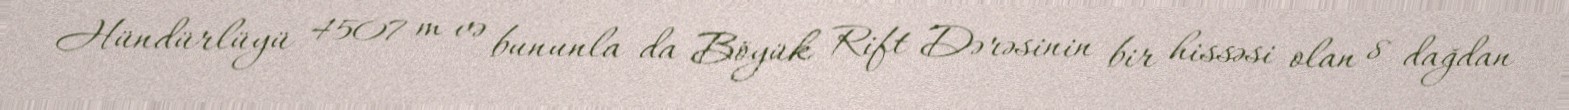
Hündürlüyü 4507 m və bununla da Böyük Rift Dərəsinin bir hissəsi olan 8 dağdan